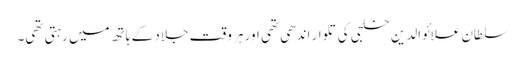
سلطان علائوالدین خلجی کی تلوار اندھی تھی اور ہر وقت جلاد کے ہاتھ میں رہتی تھی۔